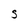
Character: S